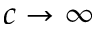
c \rightarrow \infty